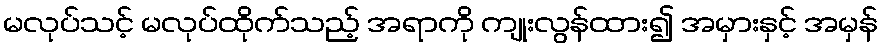
မလုပ်သင့် မလုပ်ထိုက်သည့် အရာကို ကျုးလွန်ထား၍ အမှားနှင့် အမှန်